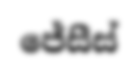
ජේසීස්